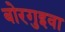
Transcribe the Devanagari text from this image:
बोरगुइवा